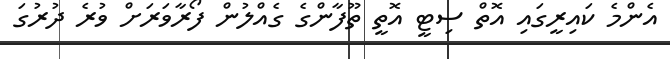
އެންމެ ކައިރީގައި އޮތް ސިޓީ އޮތީ ތޫފާންގެ ގެއްލުން ފޯރާވަރަށް ވުރެ ދުރުގަ